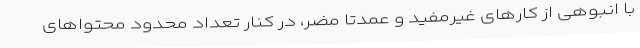
با انبوهی از کارهای غیرمفید و عمدتا مضر، در کنار تعداد محدود محتواهای